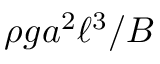
\rho g a ^ { 2 } \ell ^ { 3 } / B